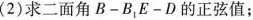
(2)求二面角B-B_{1}E-D的正弦值；